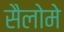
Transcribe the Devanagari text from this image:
सैलोमे